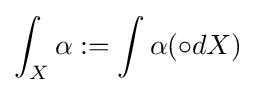
\int _{X}\alpha :=\int \alpha (\circ dX)